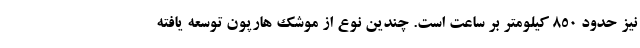
نیز حدود 850 کیلومتر بر ساعت است. چندین نوع از موشک هارپون توسعه یافته